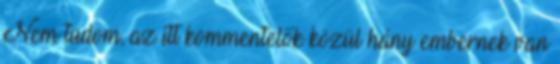
Nem tudom, az itt kommentelők közül hány embernek van